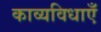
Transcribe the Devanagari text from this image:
काव्यविधाएँ